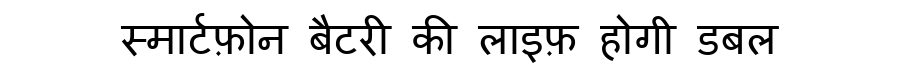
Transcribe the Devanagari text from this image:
स्मार्टफ़ोन बैटरी की लाइफ़ होगी डबल